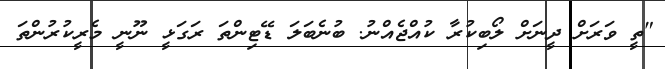
"ތީ ވަރަށް ދީނަށް ލޯބިކުރާ ކުއްޖެއްނު. ބުނެބަލަ ޑޭޓިންތަ ރަގަޅީ ނޫނީ މެރީކުރުންތަ